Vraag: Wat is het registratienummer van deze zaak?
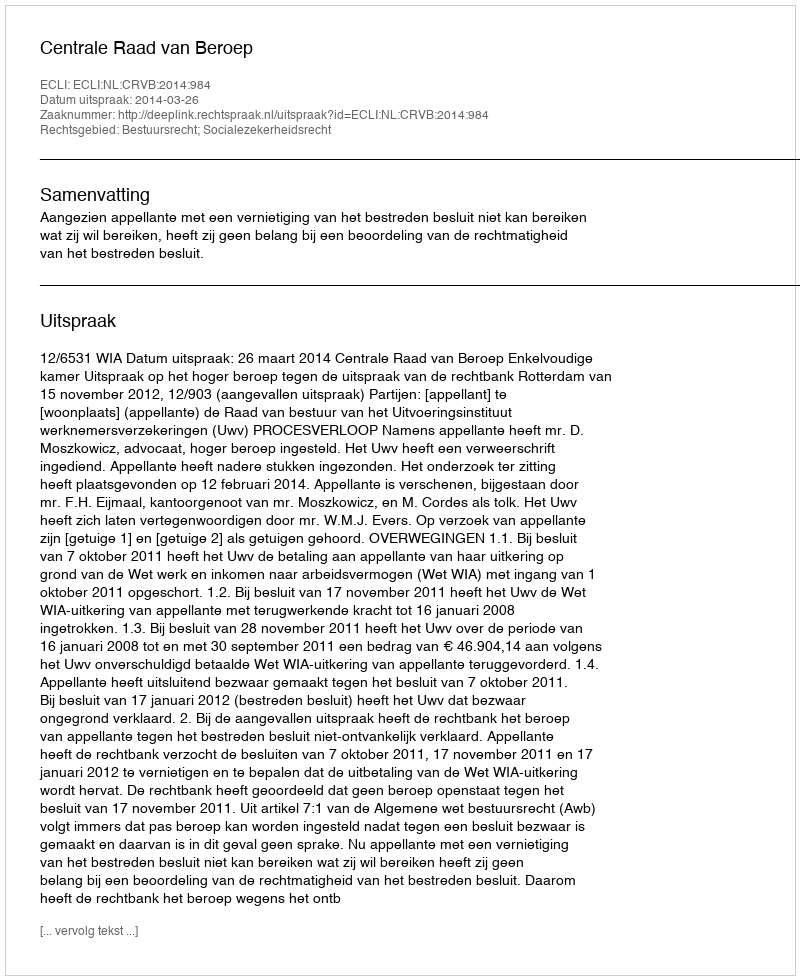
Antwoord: http://deeplink.rechtspraak.nl/uitspraak?id=ECLI:NL:CRVB:2014:984